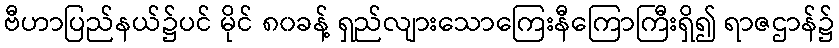
ဗီဟာပြည်နယ်၌ပင် မိုင် ၈၀ခန့် ရှည်လျားသောကြေးနီကြောကြီးရှိ၍ ရာဇဌာန်၌